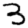
Digit: 3